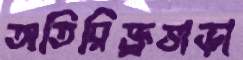
অতিরিক্ত্রভাড়া